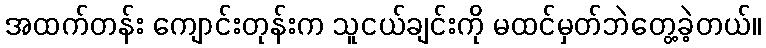
အထက်တန်း ကျောင်းတုန်းက သူငယ်ချင်းကို မထင်မှတ်ဘဲတွေ့ခဲ့တယ်။